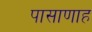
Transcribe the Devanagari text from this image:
पासाणाह